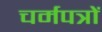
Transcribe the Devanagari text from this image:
चर्मपत्रों